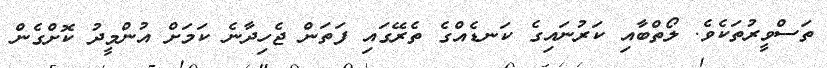
ތަސްވީރުތަކެވެ. ލޯތްބާއި ކަރުނައިގެ ކަނޑެއްގެ ތެރޭގައި ފަތަން ޖެހިދާނެ ކަމަށް އުންމީދު ކޮށްގެން